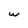
Character: w